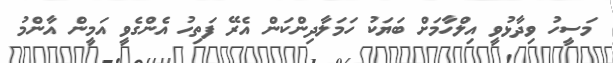
މަސީހު ވިދާޅުވީ އިލްހާމަށް ބަޔަކު ހަމަލާދިންކަން އެރޭ ފަތިހު އެންގެވީ އަމީން އާންމު